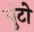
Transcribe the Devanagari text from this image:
पुंटो